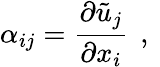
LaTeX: \alpha_{ij}=\frac{\partial\tilde{u}_{j}}{\partial x_{i}}\, \mathrm{~,~}